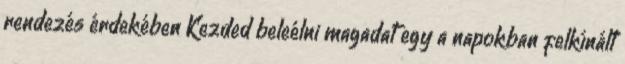
rendezés érdekében Kezded beleélni magadat egy a napokban felkínált